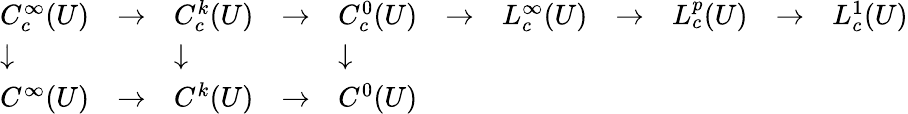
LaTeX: \begin{array}{lllllllllll}{C_{c}^{\infty}(U)}&{\to}&{C_{c}^{k}(U)}&{\to}&{C_{c}^{0}(U)}&{\to}&{L_{c}^{\infty}(U)}&{\to}&{L_{c}^{p}(U)}&{\to}&{L_{c}^{1}(U)}\\ {\downarrow}&{}&{\downarrow}&{}&{\downarrow}&{}&{}&{}&{}&{}&{}\\ {C^{\infty}(U)}&{\to}&{C^{k}(U)}&{\to}&{C^{0}(U)}&{}&{}&{}&{}&{}&{}\end{array}